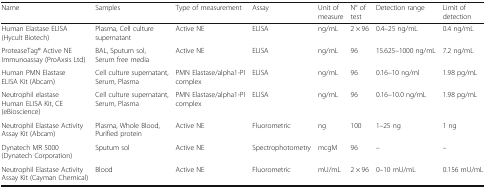
<table><thead><tr><td><b>Name</b></td><td><b>Samples</b></td><td><b>Type of measurement</b></td><td><b>Assay</b></td><td><b>Unit of measure</b></td><td><b>N° of test</b></td><td><b>Detection range</b></td><td><b>Limit of detection</b></td></tr></thead><tbody><tr><td>Human Elastase ELISA (Hycult Biotech)</td><td>Plasma, Cell culture supernatant</td><td>Active NE</td><td>ELISA</td><td>ng/mL</td><td>2 × 96</td><td>0.4–25 ng/mL</td><td>0.4 ng/mL</td></tr><tr><td>ProteaseTag® Active NE Immunoassay (ProAxsis Ltd)</td><td>BAL, Sputum sol, Serum free media</td><td>Active NE</td><td>ELISA</td><td>ng/mL</td><td>96</td><td>15.625–1000 ng/mL</td><td>7.2 ng/mL</td></tr><tr><td>Human PMN Elastase ELISA Kit (Abcam)</td><td>Cell culture supernatant, Serum, Plasma</td><td>PMN Elastase/alpha1-PI complex</td><td>ELISA</td><td>ng/mL</td><td>96</td><td>0.16–10 ng/ml</td><td>1.98 pg/mL</td></tr><tr><td>Neutrophil elastase Human ELISA Kit, CE (eBioscience)</td><td>Cell culture supernatant, Serum, Plasma</td><td>PMN Elastase/alpha1-PI complex</td><td>ELISA</td><td>ng/mL</td><td>96</td><td>0.16–10.0 ng/mL</td><td>1.98 pg/mL</td></tr><tr><td>Neutrophil Elastase Activity Assay Kit (Abcam)</td><td>Plasma, Whole Blood, Purified protein</td><td>Active NE</td><td>Fluorometric</td><td>ng</td><td>100</td><td>1–25 ng</td><td>1 ng</td></tr><tr><td>Dynatech MR 5000 (Dynatech Corporation)</td><td>Sputum sol</td><td>Active NE</td><td>Spectrophotometry</td><td>mcgM</td><td>96</td><td>–</td><td>–</td></tr><tr><td>Neutrophil Elastase Activity Assay Kit (Cayman Chemical)</td><td>Blood</td><td>Active NE</td><td>Fluorometric</td><td>mU/mL</td><td>2 × 96</td><td>0–10 mU/mL</td><td>0.156 mU/mL</td></tr></tbody></table>